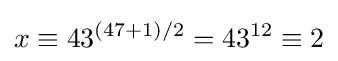
x\equiv 43^{(47+1)/2}=43^{12}\equiv 2